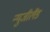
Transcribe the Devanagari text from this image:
न्युजीलैंड